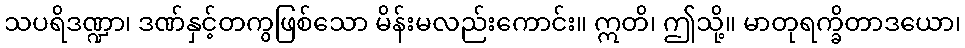
သပရိဒဏ္ဍာ၊ ဒဏ်နှင့်တကွဖြစ်သော မိန်းမလည်းကောင်း။ ဣတိ၊ ဤသို့။ မာတုရက္ခိတာဒယော၊